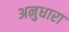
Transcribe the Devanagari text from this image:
अनुधारा